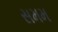
સમમ